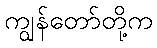
ကျွန်တော်တို့က